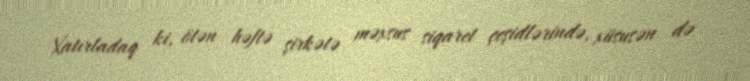
Xatırladaq ki, ötən həftə şirkətə məxsus siqaret çeşidlərində, xüsusən də